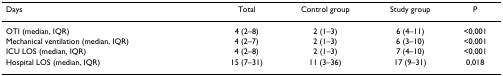
| Days | Total | Control group | Study group | P |
 | --- | --- | --- | --- | --- |
 | OTI (median, IQR) | 4 (2–8) | 2 (1–3) | 6 (4–11) | <0,001 |
 | Mechanical ventilation (median, IQR) | 4 (2–7) | 2 (1–3) | 6 (3–10) | <0,001 |
 | ICU LOS (median, IQR) | 4 (2–8) | 2 (1–3) | 7 (4–10) | <0,001 |
 | Hospital LOS (median, IQR) | 15 (7–31) | 11 (3–36) | 17 (9–31) | 0,018 |